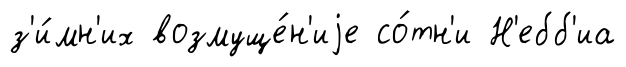
з'и́мн'их возмуще́н'иjе со́тн'и Н'ебб'иа